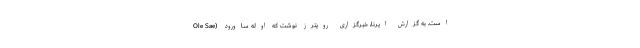
است. به گزارش ایرنا، خبرگزاری رویترز نوشت که اوله ساورود (Ole Sae